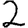
Digit: 2